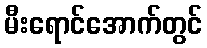
မီးရောင်အောက်တွင်